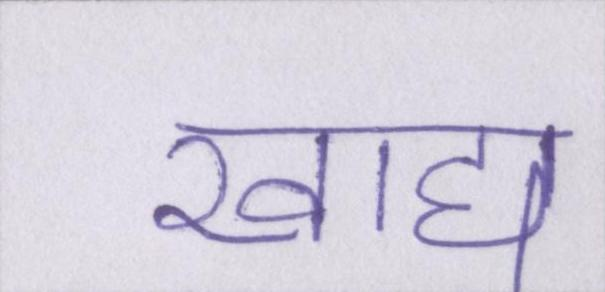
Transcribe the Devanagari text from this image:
खाद्य